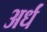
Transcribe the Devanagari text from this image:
अर्धं